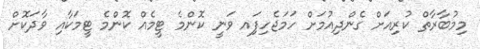
މިމުބާރާތް ކުރިއަށް ގެންދިއުމަށް ހަމަޖެހިފަިއ ވަނީ ކޮންމެ ޓީމެއް ކޮންމެ ޓީމަކާއި ވާދަކޮށް